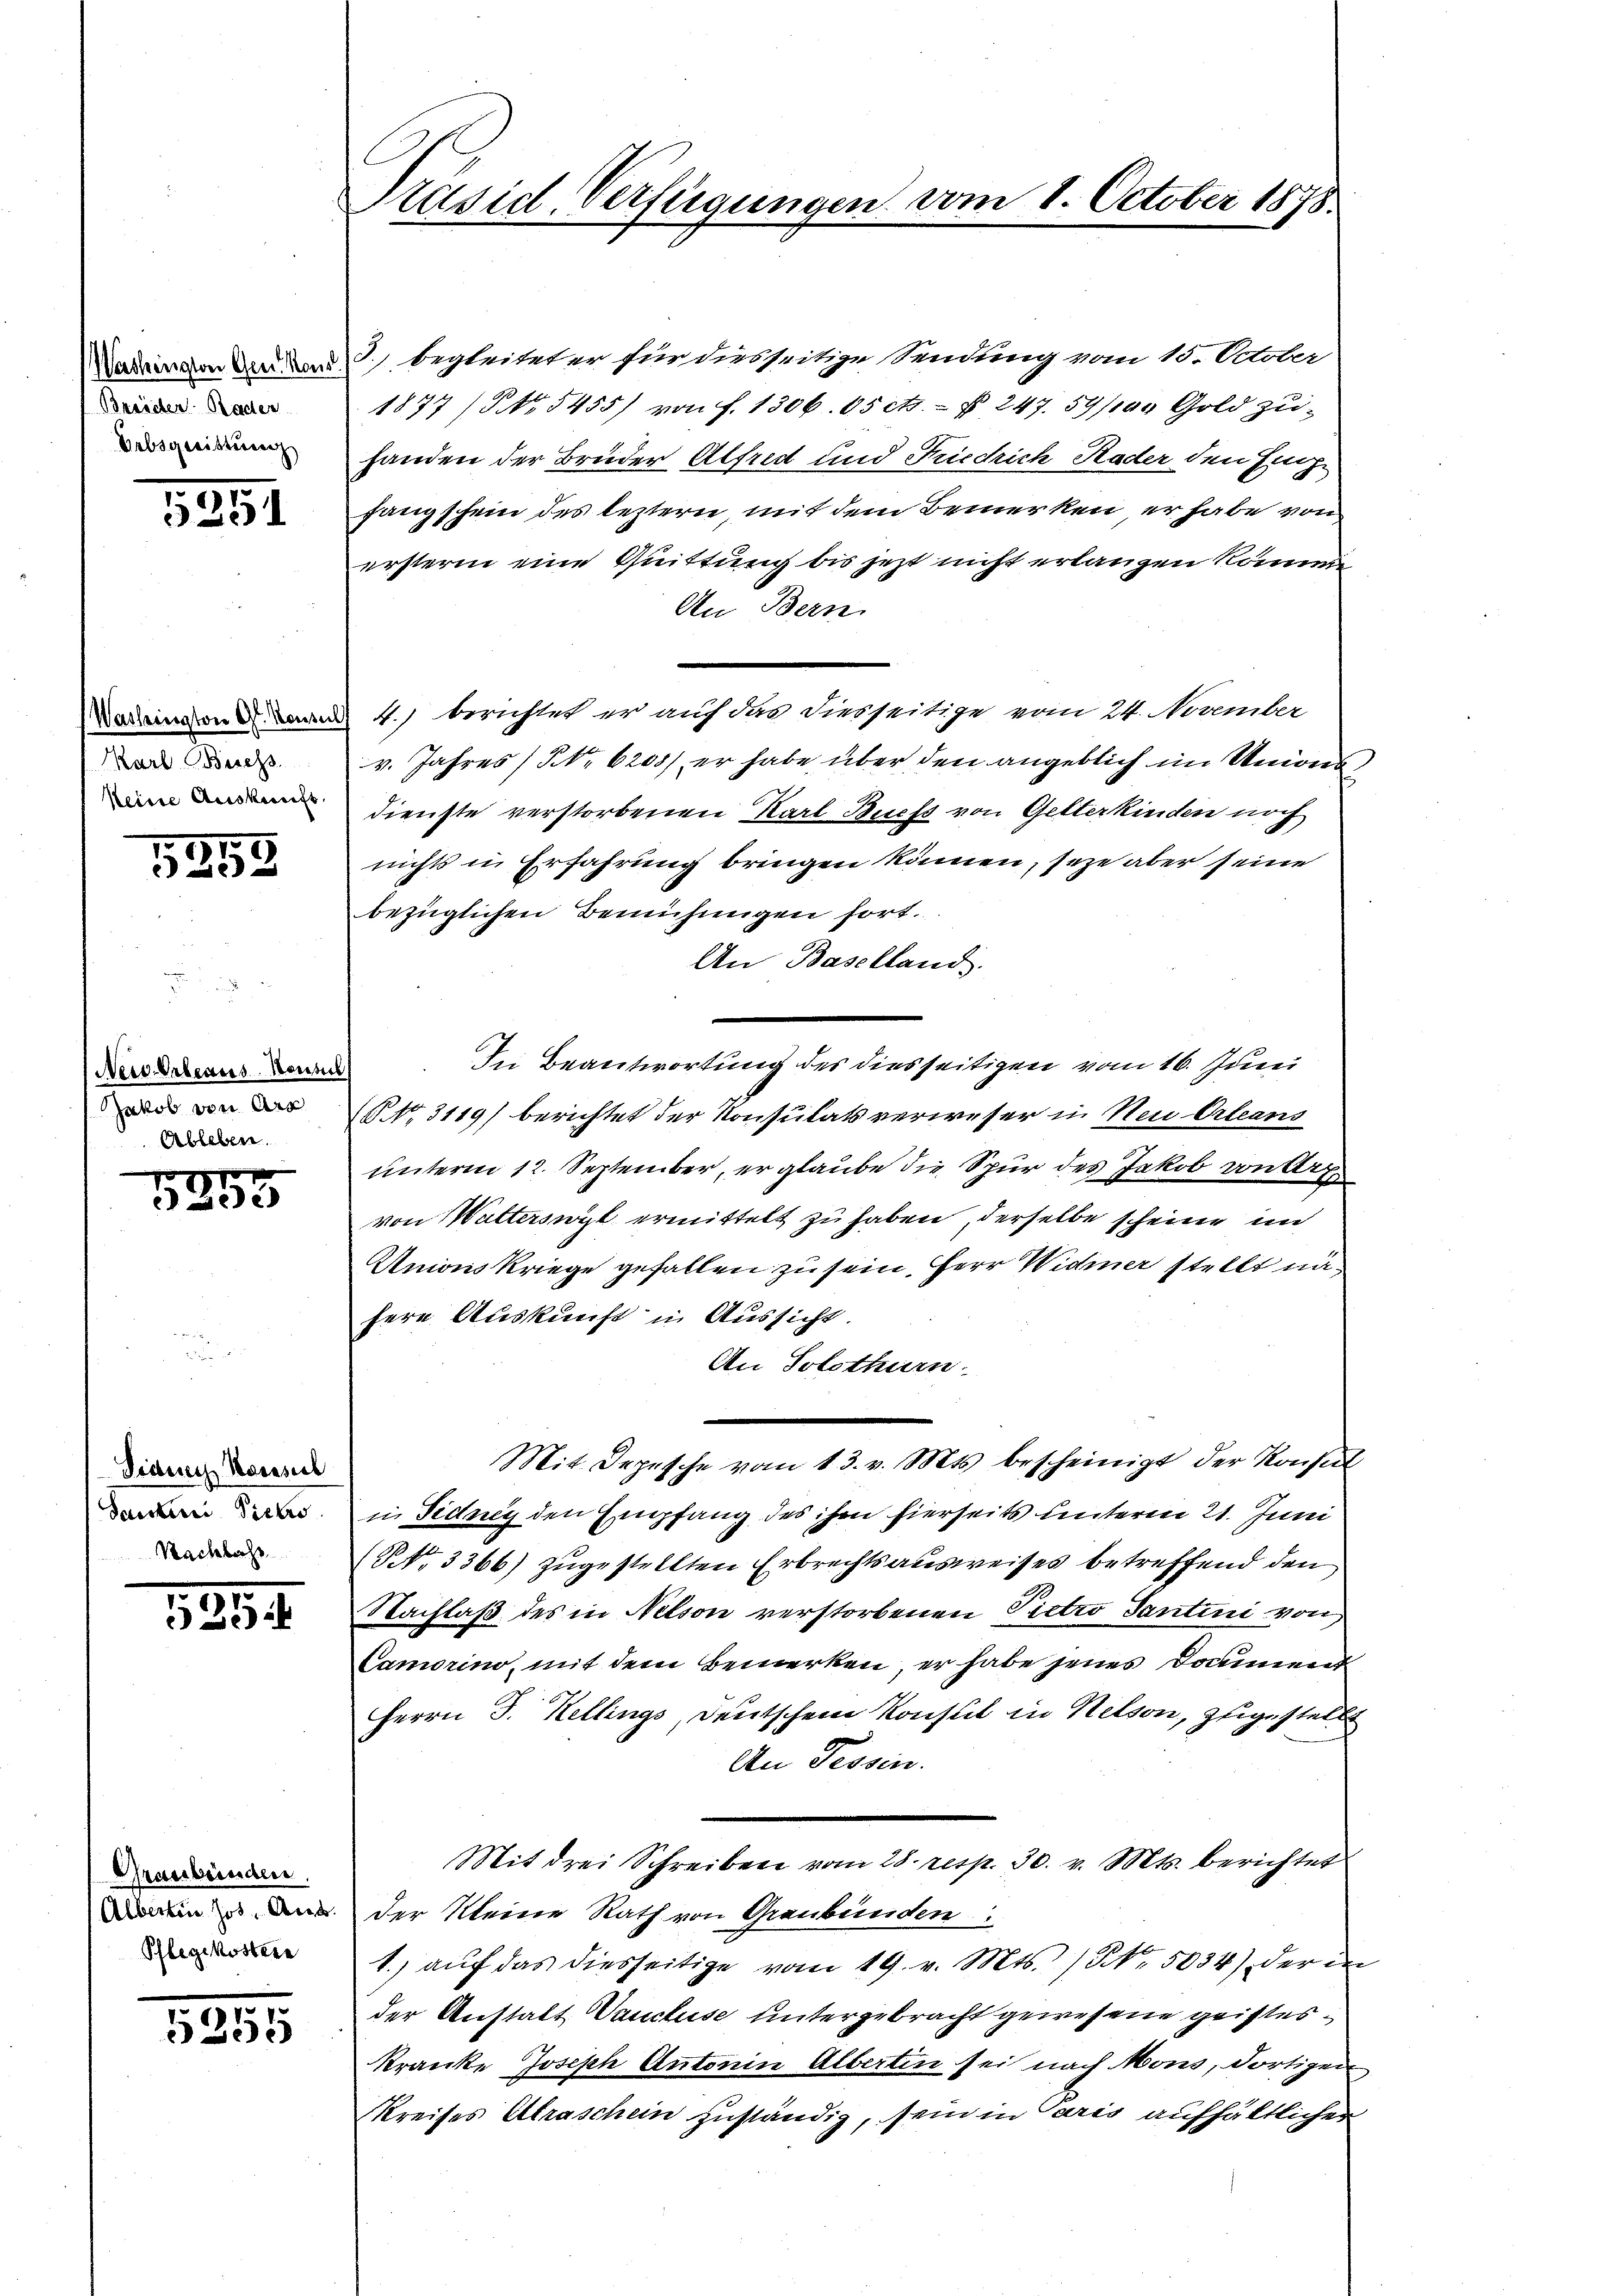
Washington Gen. Kons
Breider Rader
Urbsgwittung

5251

Washington G. Konsu
Karl Besess
Meine Auskunft

t
x

New-Orleaus Konsers
Jakob von Arr
Ableben.

por
ee

Fidurch Konsul
dachten Sickro
Nachbahr

5854.

Graubünden.
Pflegekostere

5355

Präsid. Verfügungen vom 1. October 1878.

3.) begleitet er für diesseitige Sendung vom 15. October
1877 (Nr. 5455/ von f. 1306. 05 cts. — § 247. 59/100 Gold zuhanden der Brüder Alfred und Friedrich Hader den Einze
gangschein des leztern, mit dem Bemerken er habe von
ersterm eine Quittung bis jetzt nicht erlangen komme
An Bern.
 4.) berichtet er auf das diesseitige vom 24. November
v. Jahres (NNo. 6205), er habe über den angeblich im Unions
dienste verstorbenen Karl Buchs von Getterkinden noch
nichts in Erfahrung bringen können, seze aber seine
bezüglichen Bemühungen fort.
An Baselland.
In Beantwortung des diesseitigen vom 16. Juni
N. N. 3119) berichtet der Konsulats verweser in Neu Orleans
unterm 12. September, er glaube die Spur des Jakob von Art
von Walterswyl ermittelt zu haben, derselbe scheine im
Anons Kriege gefallen zu sein, Herr Widmer stellt nähere Auskunft in Aussicht.
An Solothurn
Mit Depesche vom 13. v. Mts. bescheinigt der Konsul
in Fidney den Empfang des ihm hierseits unterm 21. Juni
NNo. 3366) zugestellten Erbrechtsausweises betreffend den
Nachlaß des in Nelson verstorbenen Pietro Santini von
Camorino, mit dem Bemerken er habe jenes Document
Herrn J. Kellings, deutschen Konsul in Helson, zugestellt
An Fessen.
Mit drei Schreiben vom 28. resp. 30. v. Mts. berichtet
Dein an der Meine Rath von Graubünden
1. aŭf das diesseitige vom 19. v. Mts. ) Nr. 5034) der in
der Anstatt Vaucluse untergebracht gewesene geisteskranke Joseph Antonin Alberten sei nach Mons, dortigen
Kreises Ultraschein zuständig, sein in Paris aufhältlichen